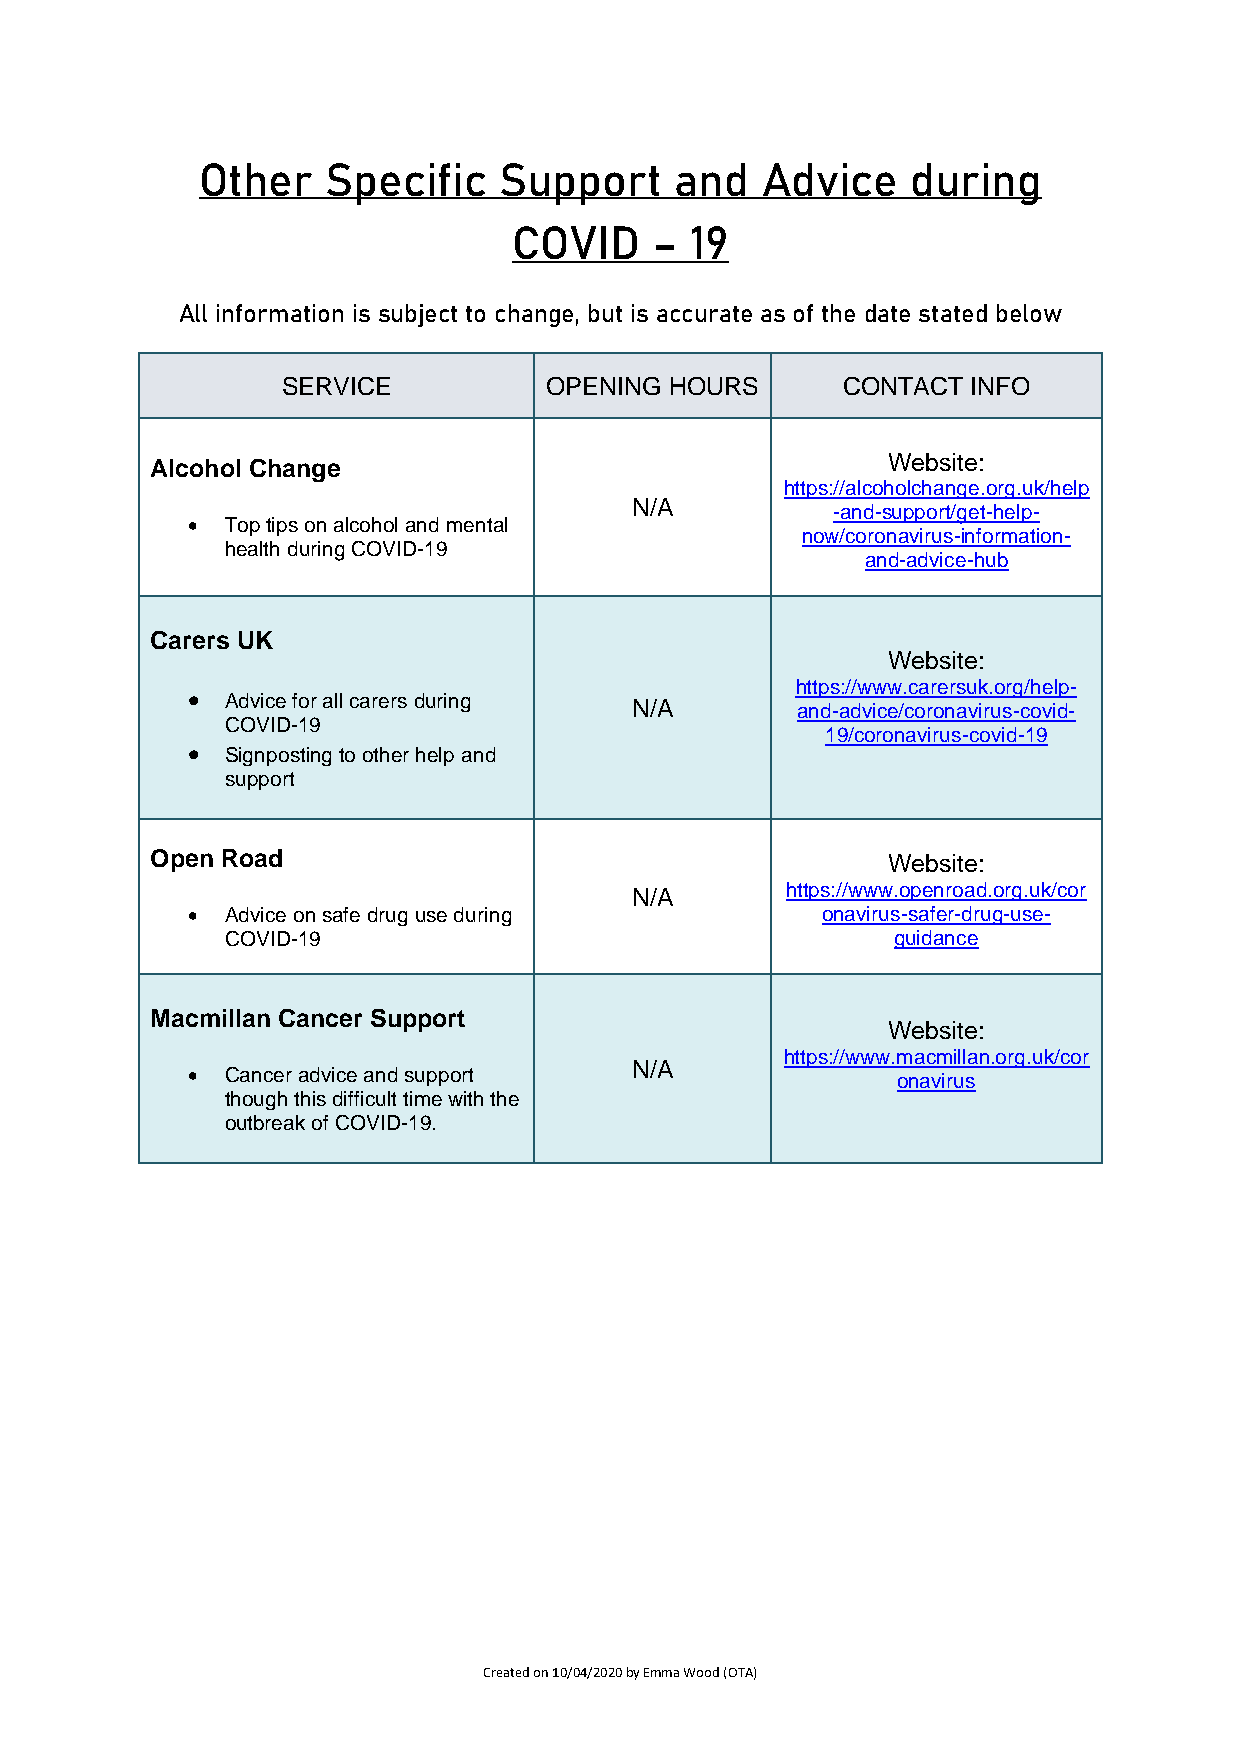
Other    Specific   Support     and  Advice    during
 COVID    –  19
 All information is subject to change, but is accurate as of the date stated below
 SERVICE          OPENING HOURS       CONTACT INFO
 Website:
 Alcohol Change
 https://alcoholchange.org.uk/help
 N/A
 -and-support/get-help-
 •  Top tips on alcohol and mental
 now/coronavirus-information-
 health during COVID-19
 and-advice-hub
 Carers UK
 Website:
 https://www.carersuk.org/help-
 •  Advice for all carers during N/A      and-advice/coronavirus-covid-
 COVID-19
 19/coronavirus-covid-19
 •  Signposting to other help and
 support
 Open Road                                        Website:
 N/A       https://www.openroad.org.uk/cor
 •  Advice on safe drug use during         onavirus-safer-drug-use-
 COVID-19                                    guidance
 Macmillan Cancer Support
 Website:
 https://www.macmillan.org.uk/cor
 N/A
 •  Cancer advice and support                   onavirus
 though this difficult time with the
 outbreak of COVID-19.
 Created on 10/04/2020 by Emma Wood (OTA)